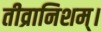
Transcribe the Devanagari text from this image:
तीव्रानिशम्।